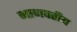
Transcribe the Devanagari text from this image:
भागवतीय